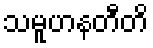
သမူဟနတီတိ